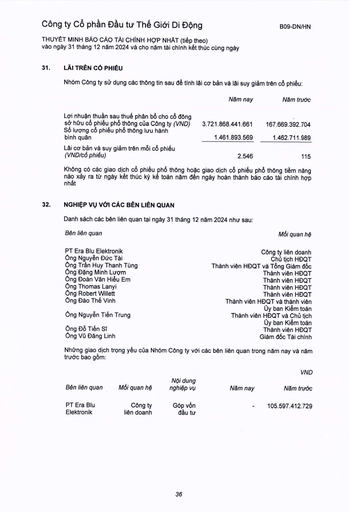
||Năm nay|Năm trước| |---|---|---| |Lợi nhuận thuần sau thuế phân bổ cho cổ đông sở hữu cổ phiếu phổ thông của Công ty (VND)|3.721.868.441.661|167.669.392.704| |Số lượng cổ phiếu phổ thông lưu hành bình quân|1.461.893.569|1.462.711.989| |Lãi cơ bản và suy giảm trên mỗi cổ phiếu (VND/cổ phiếu)|2.546|115| |Bên liên quan|Mối quan hệ| |---|---| |PT Era Blu Elektronik|Công ty liên doanh| |Ông Nguyễn Đức Tài|Chủ tịch HĐQT| |Ông Trần Huy Thanh Tùng|Thành viên HĐQT và Tổng Giám đốc| |Ông Đặng Minh Lương|Thành viên HĐQT| |Ông Đoàn Văn Hiếu Em|Thành viên HĐQT| |Ông Thomas Lanyi|Thành viên HĐQT| |Ông Robert Willett|Thành viên HĐQT| |Ông Đào Thế Vinh|Thành viên HĐQT và thành viên| ||Ủy ban Kiểm toán| |Ông Nguyễn Tiến Trung|Thành viên HĐQT và Chủ tịch| ||Ủy ban Kiểm toán| |Ông Đỗ Tiến Sĩ|Thành viên HĐQT| |Ông Vũ Đăng Linh|Giám đốc Tài chính| |||||VND| |---|---|---|---|---| |Bên liên quan|Mối quan hệ|Nội dung nghiệp vụ|Năm nay|Năm trước| |PT Era Blu Elektronik|Công ty liên doanh|Góp vốn đầu tư|-|105.597.412.729|